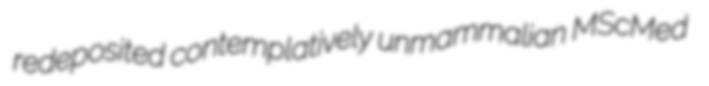
redeposited contemplatively unmammalian MScMed